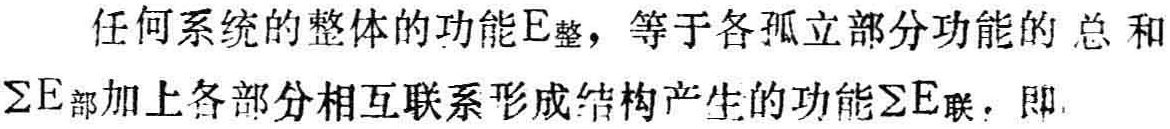
任何系统的整体的功能\(E_{整}\)，等于各孤立部分功能的总和\(\sum E_{部}\)加上各部分相互联系形成结构产生的功能\(\sum E_{联}\)，即